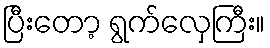
ပြီးတော့ ရွက်လှေကြီး။